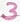
Text: 3